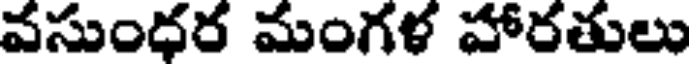
వసుంధర మంగళ హారతులు